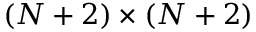
( N + 2 ) \times ( N + 2 )